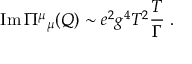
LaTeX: \mathrm { I m } \, \Pi { } ^ { \mu } { } _ { \mu } ( Q ) \sim e ^ { 2 } g ^ { 4 } T ^ { 2 } { \frac { T } { \Gamma } } \; .